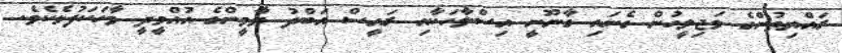
ރައްޔިތުންގެ މަޖިލީހުން ގެނައި ގާނޫނީ އިސްލާހަކާއި ރައީސް އަބްދު ޔާމީންގެ އުއްމީދީ ވާހަކަފުޅެކެވެ.